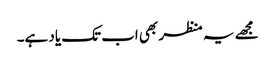
مجھے یہ منظر بھی اب تک یاد ہے۔